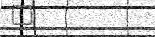
٣